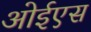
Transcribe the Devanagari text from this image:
ओईएस